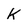
Character: k